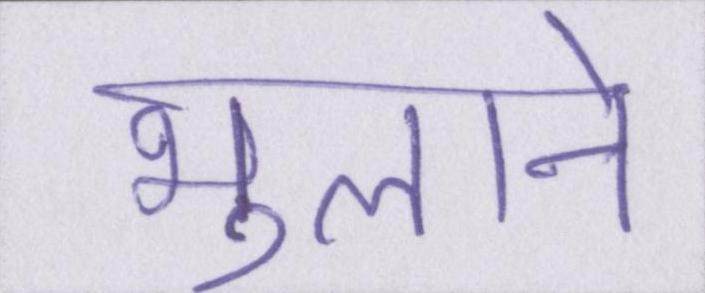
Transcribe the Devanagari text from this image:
भुलाने